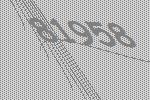
81958